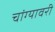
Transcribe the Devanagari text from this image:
चांग्यावरी